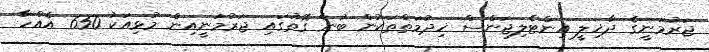
ޖަރުމަނީގެ ދާޚިލީ އިންޓެލިޖަންސް ޚިދުމަތްތަކުން ބުނާ ގޮތުގައި ޖަރުމަނީއިން މުޅިއަކު 650 އެއްހާ